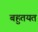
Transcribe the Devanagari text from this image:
बहुतयत